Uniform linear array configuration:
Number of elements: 32
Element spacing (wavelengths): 0.75
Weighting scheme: hann
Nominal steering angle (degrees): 45
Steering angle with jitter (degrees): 46.043
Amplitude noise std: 0.05
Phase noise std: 0.05

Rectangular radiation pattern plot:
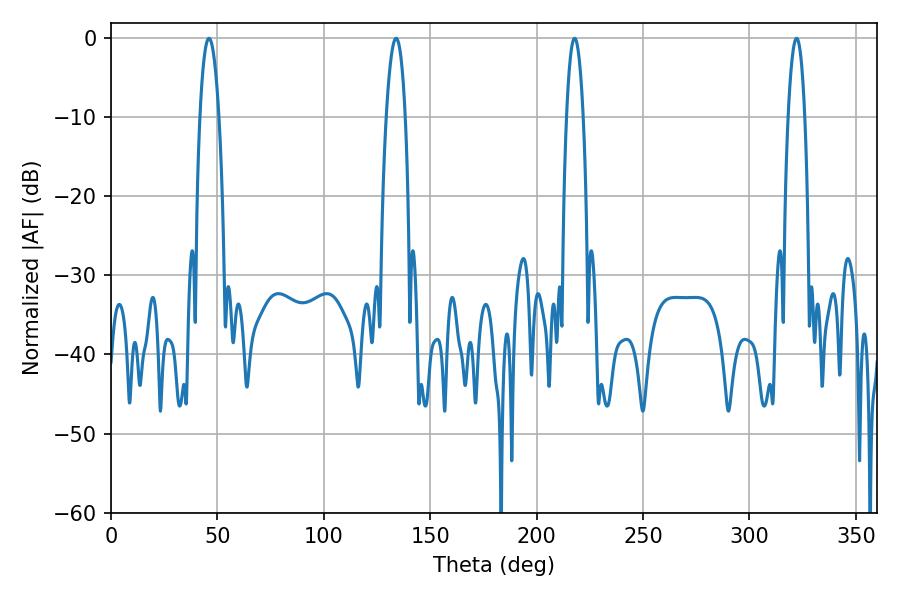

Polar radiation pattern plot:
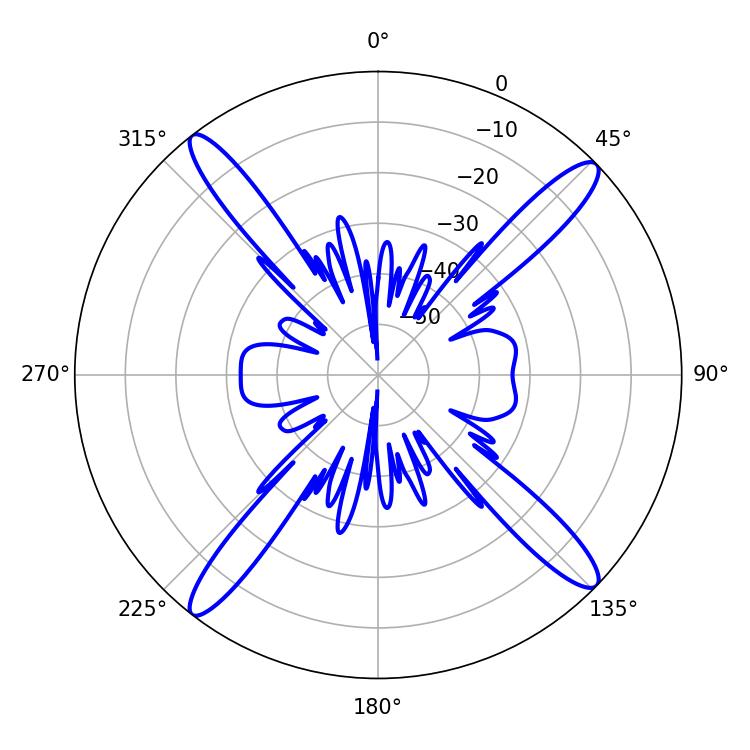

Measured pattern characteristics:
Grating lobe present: TRUE
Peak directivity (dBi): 17.7
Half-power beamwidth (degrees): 5.04
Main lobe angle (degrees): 133.92